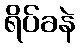
ရိပ်ခနဲ